Civil Veterinary Department Bihar reports 1936-40 - 1936-1940
Year: 1936
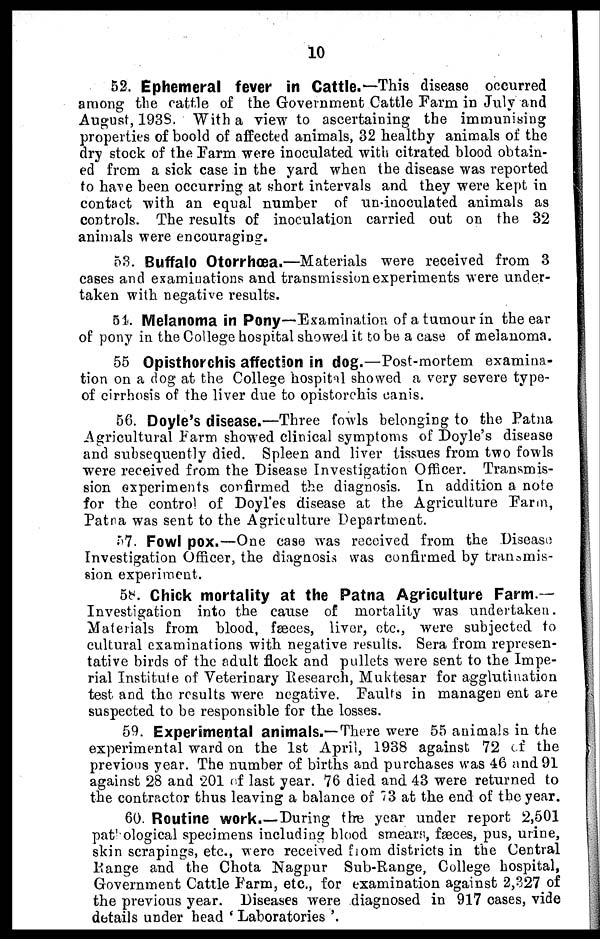
10
52. Ephemeral fever in Cattle.—This disease occurred
among the cattle of the Government Cattle Farm in July and
August, 1938. With a view to ascertaining the immunising
properties of boold of affected animals, 32 healthy animals of the
dry stock of the Farm were inoculated with citrated blood obtain-
ed from a sick case in the yard when the disease was reported
to have been occurring at short intervals and they were kept in
contact with an equal number of un-inoculated animals as
controls. The results of inoculation carried out on the 32
animals were encouraging.
53. Buffalo Otorrhœa.—Materials were received from 3
cases and examinations and transmission experiments were under-
taken with negative results.
51. Melanoma in Pony—Examination of a tumour in the ear
of pony in the College hospital showed it to be a case of melanoma.
55 Opistorchis affection in dog.—Post-mortem examina-
tion on a dog at the College hospital showed a very severe type-
of cirrhosis of the liver due to Opistorchis canis.
56. Doyle's disease.—Three fowls belonging to the Patna
Agricultural Farm showed clinical symptoms of Doyle's disease
and subsequently died. Spleen and liver tissues from two fowls
were received from the Disease Investigation Officer. Transmis-
sion experiments confirmed the diagnosis. In addition a note
for the control of Doyl'es disease at the Agriculture Farm,
Patna was sent to the Agriculture Department.
57. Fowl pox.—One case was received from the Disease
Investigation Officer, the diagnosis was confirmed by transmis-
sion experiment.
58. Chick mortality at the Patna Agriculture Farm.—
Investigation into the cause of mortality was undertaken.
Materials from blood, fæces, liver, etc., were subjected to
cultural examinations with negative results. Sera from represen-
tative birds of the adult flock and pullets were sent to the Impe-
rial Institute of Veterinary Research, Muktesar for agglutination
test and the results were negative. Faults in management are
suspected to be responsible for the losses.
59. Experimental animals.—There were 55 animals in the
experimental ward on the 1st April, 1938 against 72 of the
previous year. The number of births and purchases was 46 and 91
against 28 and 201 of last year. 76 died and 43 were returned to
the contractor thus leaving a balance of 73 at the end of the year.
60. Routine work.—During the year under report 2,501
pathological specimens including blood smears, fæces, pus, urine,
skin scrapings, etc., were received from districts in the Central
Range and the Chota Nagpur Sub-Range, College hospital,
Government Cattle Farm, etc., for examination against 2,327 of
the previous year. Diseases were diagnosed in 917 cases, vide
details under head 'Laboratories'.